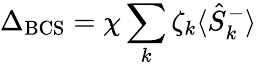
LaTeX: \Delta_{\mathrm{BCS}}=\chi\sum_{k}\zeta_{k}\langle\hat{S}_{k}^{-}\rangle